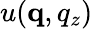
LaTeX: u(\mathbf q,q_{z})